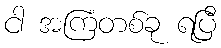
ငါ အကြံတစ်ခု ရပြီ